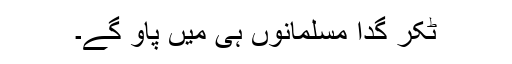
ٹکر گدا مسلمانوں ہی میں پاؤ گے۔